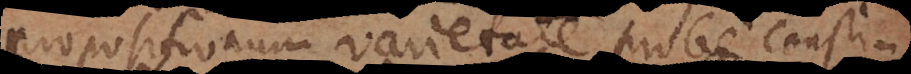
propositionum varietate probe constitu